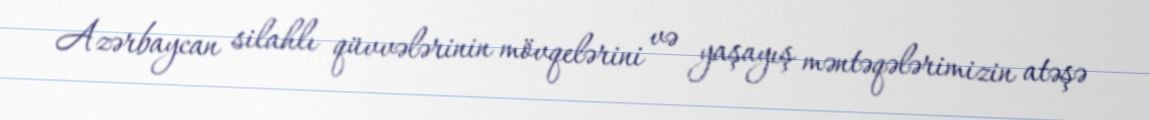
Azərbaycan silahlı qüvvələrinin mövqelərini və yaşayış məntəqələrimizin atəşə